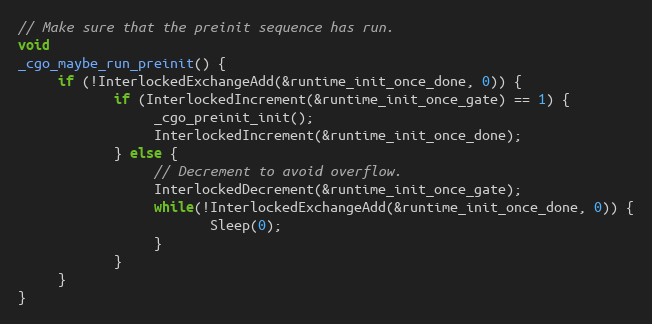
Language: C
// Make sure that the preinit sequence has run.
void
_cgo_maybe_run_preinit() {
	 if (!InterlockedExchangeAdd(&runtime_init_once_done, 0)) {
			if (InterlockedIncrement(&runtime_init_once_gate) == 1) {
				 _cgo_preinit_init();
				 InterlockedIncrement(&runtime_init_once_done);
			} else {
				 // Decrement to avoid overflow.
				 InterlockedDecrement(&runtime_init_once_gate);
				 while(!InterlockedExchangeAdd(&runtime_init_once_done, 0)) {
						Sleep(0);
				 }
			}
	 }
}